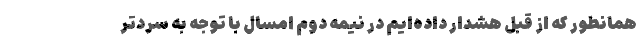
همانطور که از قبل هشدار داده‌ایم در نیمه دوم امسال با توجه به سردتر